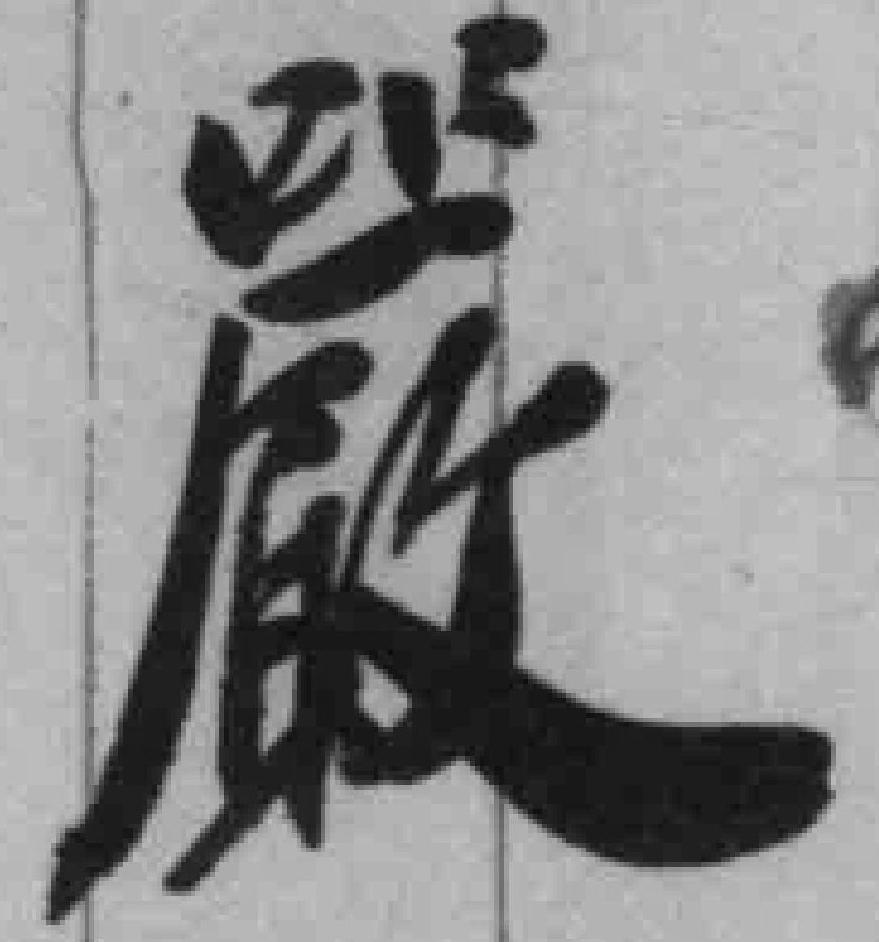
嚴